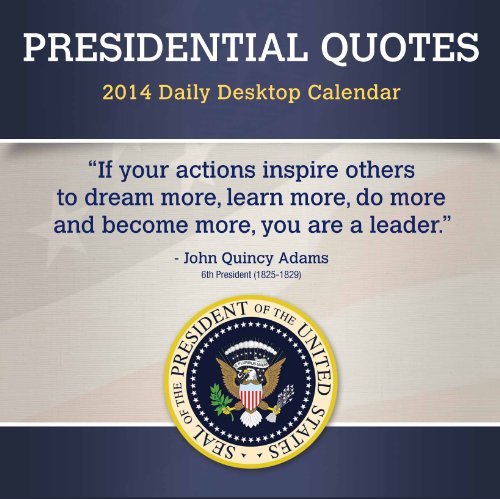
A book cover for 2014 Presidential Quotes Box Calendar; TF Publishing; Calendars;